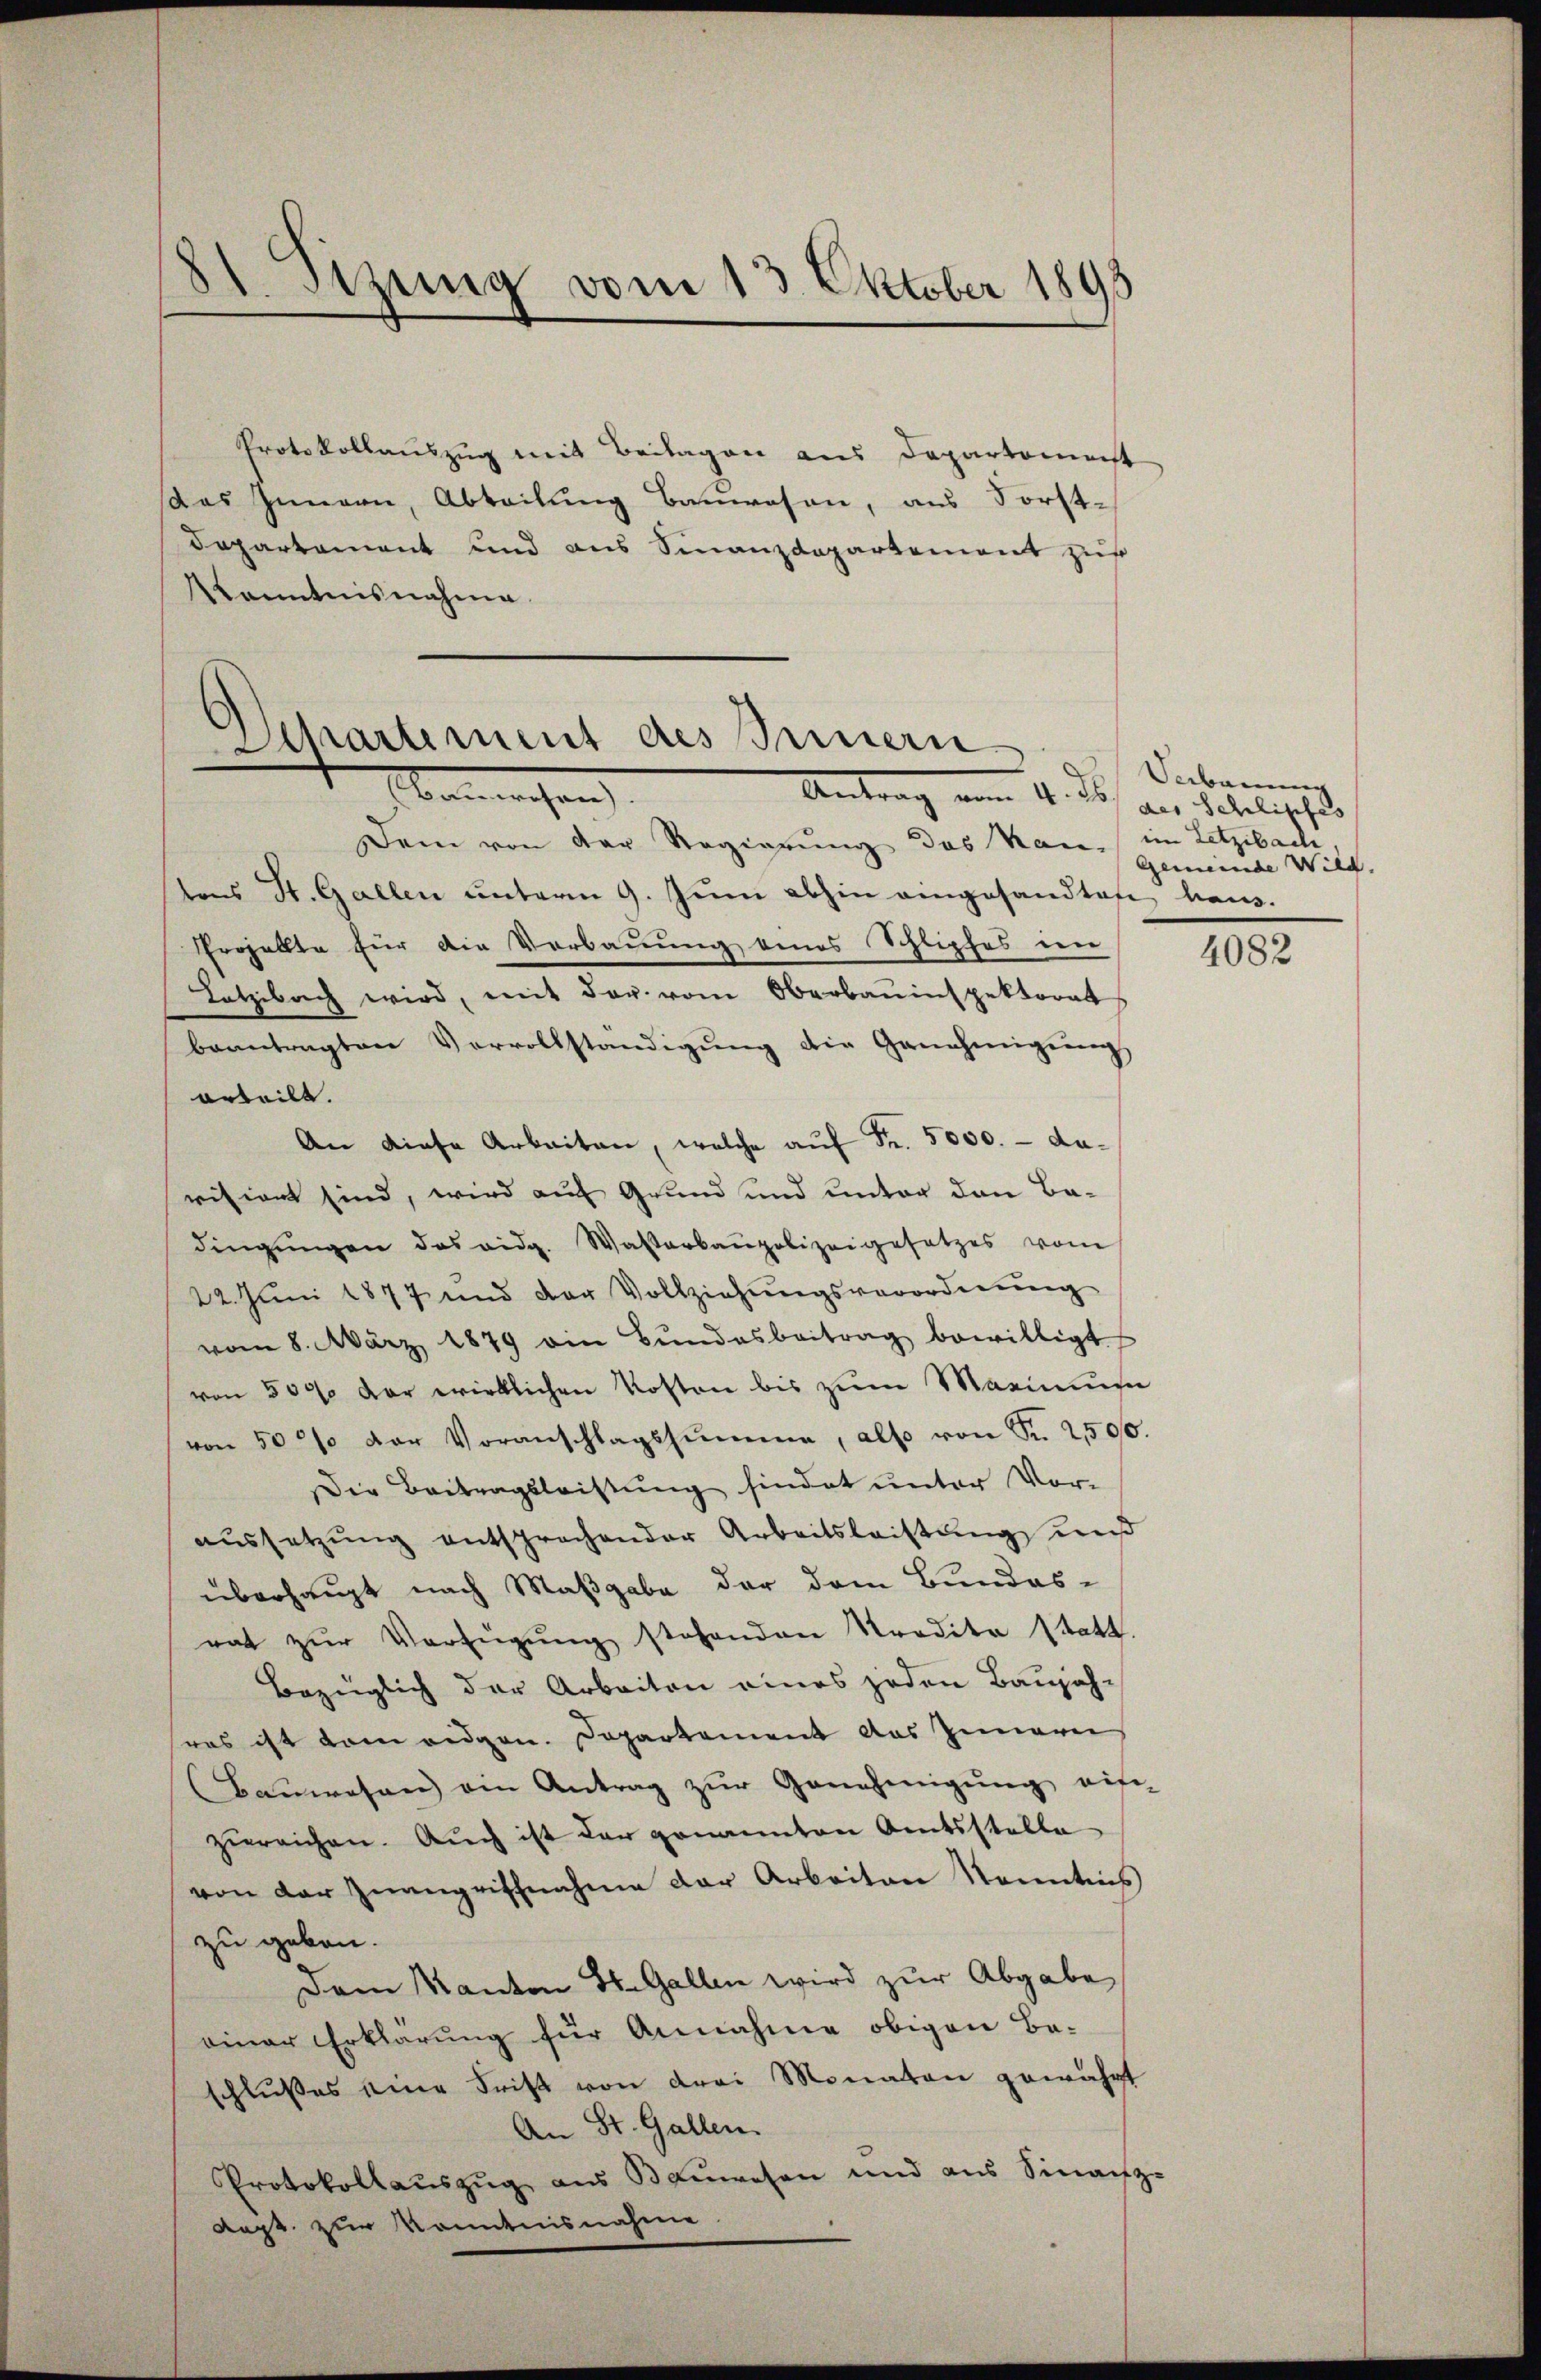
81. Stzung vom 13. Oktober 1895

Dem von der Regierung des kan, im Letzibach
tons St. Gallen unterm 9. Juni abhin eingesandtage haus.
Erohallte für die Verbauung eines Schlipfes im
Latzibach wird, mit der vom Oberbauinspektorat
beantragten Vervollständigŭng die Genehmigŭng
orteilt.
An diese Arbeiten, welche auf Fr. 5000. - darisiert sind, wird auf Grund und unter den Badingŭngen das eidg. Wasserbaupolizeigesetzes vom
22. Juni 1877 und der Vollziehŭngsverordnŭng
vom 8. März 1879 ein Bŭndesbeitrag bewilligt
von 500 der wirklichen Kosten bis zum Maximum
von 50 % der Voranschlagssumme, also von Fr. 2500.
Die Beitragsleistung sindet unter Vor-
aussetzung entsprochender Arbeitsleistung und
überhaupt nach Maßgabe der dem Bundes-
rat zŭr Verfügŭng stehenden Tradita statt.
Bezüglich der Arbeiten eines jeden Baŭjahwas ist kam eidgen. Departement das Innern
Baŭwesen ein Antrag zŭr Genehmigŭng ein-
zureichen. Auch ist der genannten Amtsstelle
von der Zwangriffnahme der Arbeiten Namentins
zu geben.
Dem Kanton St. Gallen wird zur Abgabe
einer Erklärung für Annahme obigen Be-
schlußes eine Frist von drei Monaten gewährt
An St. Gallen.
Protokollauszug aus Bauwesen und aus Sinanz-
Reph. zur Kenntnisnahme

Protokollauszug mit Beilagen aus Departemenst
das Innern, Abteilung Bauwesen, aus Forst-
Dapartament und aus Finanzdepartement zur
anntnisnahme

Departement des Sinnern
Marechen
Antrag vom 4. ds. aus Seelisches

Seebauung
Gemeinde Wild.

4082